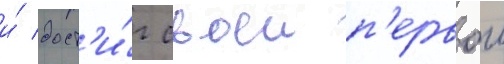
и́ дост'и́г своеи п'ервои